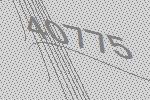
40775